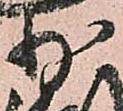
少